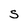
Character: S